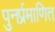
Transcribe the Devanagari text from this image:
पुनर्प्रमाणित